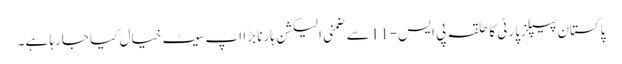
پاکستان پیپلزپارٹی کا حلقہ پی ایس-11 سے ضمنی الیکشن ہارنا بڑا اپ سیٹ خیال کیا جارہا ہے۔